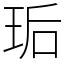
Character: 㻈